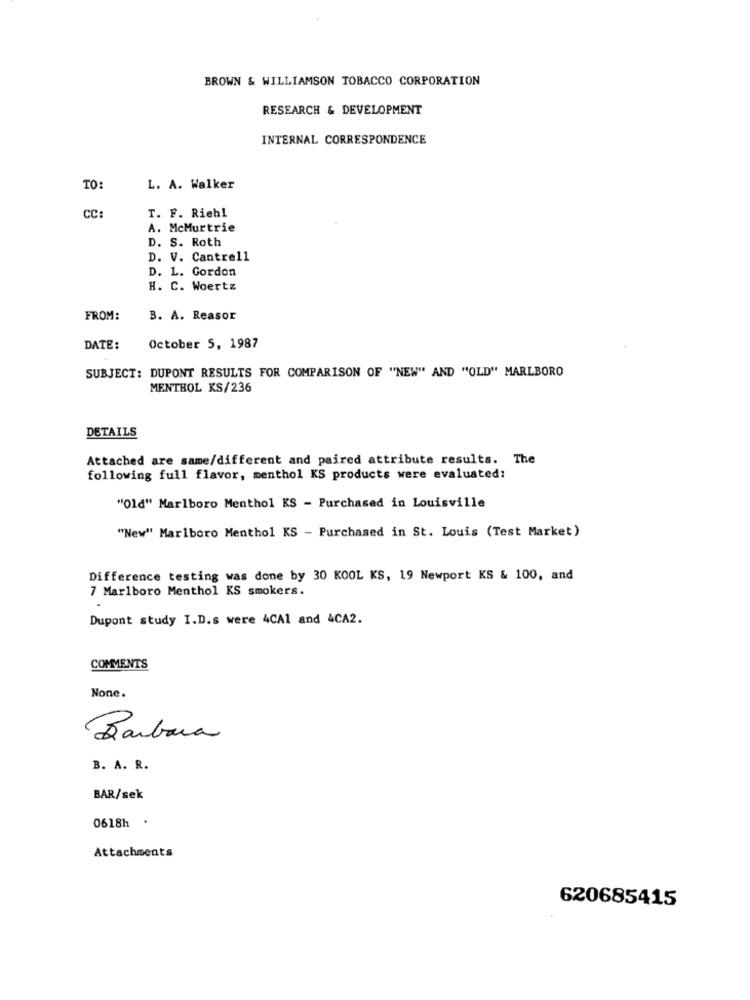
BROWN & WILLIAMSON TOBACCO CORPORATION
RESEARCH & DEVELOPMENT
INTERNAL CORRESPONDENCE
TO:
L. A. Walker
CC:
T. F. Riehl
A. McMurtrie
D. S. Roth
D. V. Cantrell
D. L. Gordon
H. C. Woertz
FROM:
B. A. Reasor
DATE:
October S, 1987
SUBJECT: DUPONT RESULTS FOR COMPARISON OF "NEW" AND "OLD" MARLBORO
MENTHOL KS/236
DETAILS
Attached are same/different and paired attribute results. The
following full flavor, menthol KS products were evaluated:
"01d" Marlboro Menthol KS - Purchased in Louisville
"New" Marlboro Menthol KS - Purchased in St. Louis (Test Market)
Difference testing was done by 30 KOOL KS, 19 Newport KS & 100, and
7 Marlboro Menthol KS smokers.
Dupont study I.D.s were 4CAl and 4CA2.
COMMENTS
None.
Barbara
B. A. R.
BAR/sek
0618h .
Attachments
620685415